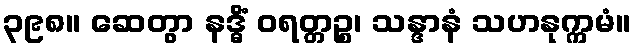
၃၉၈။ ဆေတွာ နဒ္ဓိံ ဝရတ္တဉ္စ၊ သန္ဒာနံ သဟနုက္ကမံ။